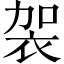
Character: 袈